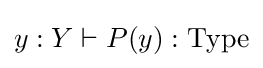
y:Y\vdash P(y):\mathrm {Type}